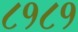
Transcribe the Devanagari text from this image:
८१८१